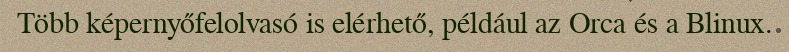
Több képernyőfelolvasó is elérhető, például az Orca és a Blinux.